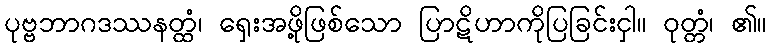
ပုဗ္ဗဘာဂဒဿနတ္ထံ၊ ရှေးအဖို့ဖြစ်သော ပြာဋိဟာကိုပြခြင်းငှါ။ ဝုတ္တံ၊ ၏။